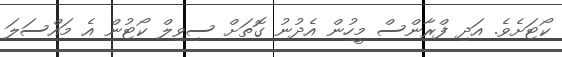
ކޯޓަށެވެ. އަދި ފްރާންސް މީހުން އެދުނު ގޮތަށް ސިވިލް ކޯޓުން އެ މައްސަލަ